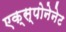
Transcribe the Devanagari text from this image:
एक्स्पोनेनेट